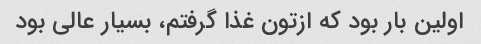
اولین بار بود که ازتون غذا گرفتم، بسیار عالی بود